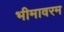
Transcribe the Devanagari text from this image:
भीमावरम